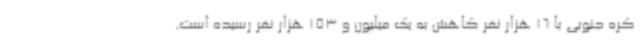
کره جنوبی با 16 هزار نفر کاهش به یک میلیون و 153 هزار نفر رسیده است.